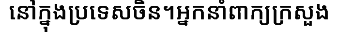
នៅក្នុងប្រទេសចិន។អ្នកនាំពាក្យក្រសួង